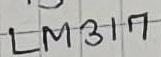
Text: LM317T3